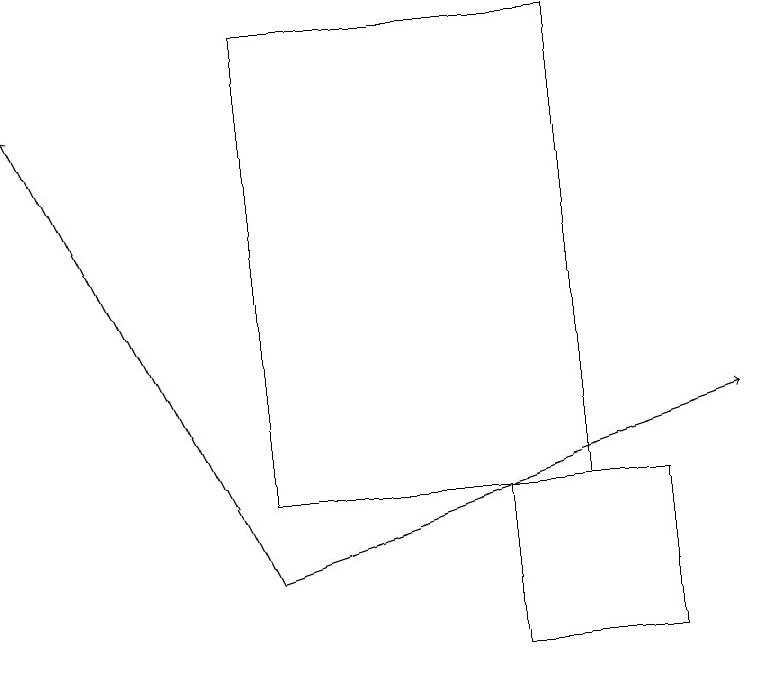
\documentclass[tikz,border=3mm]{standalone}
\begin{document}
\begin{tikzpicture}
\draw[->] (3,12) -- (9,14);
\draw[->] (3,12) -- (0,18);
\draw (8,13) rectangle (6,11);
\draw (7,13) rectangle (3,19);
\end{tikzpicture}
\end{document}